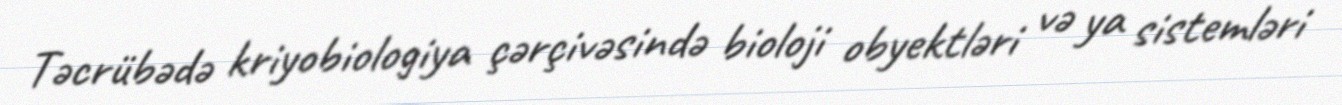
Təcrübədə kriyobiologiya çərçivəsində bioloji obyektləri və ya sistemləri